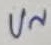
Text: U~